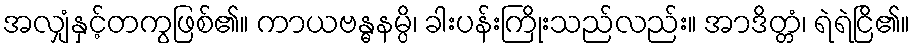
အလျှံနှင့်တကွဖြစ်၏။ ကာယဗန္ဓနမ္ပိ၊ ခါးပန်းကြိုးသည်လည်း။ အာဒိတ္တံ၊ ရဲရဲငြိ၏။